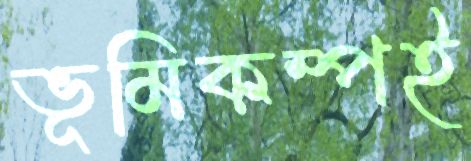
ভূমিকম্পই